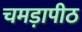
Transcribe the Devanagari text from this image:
चमड़ापीठ